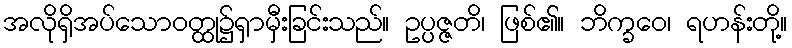
အလိုရှိအပ်သောဝတ္ထု၌ရှာမှီးခြင်းသည်။ ဥပ္ပဇ္ဇတိ၊ ဖြစ်၏။ ဘိက္ခဝေ၊ ရဟန်းတို့။